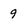
Character: 9